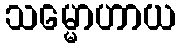
သမ္မောဟာယ